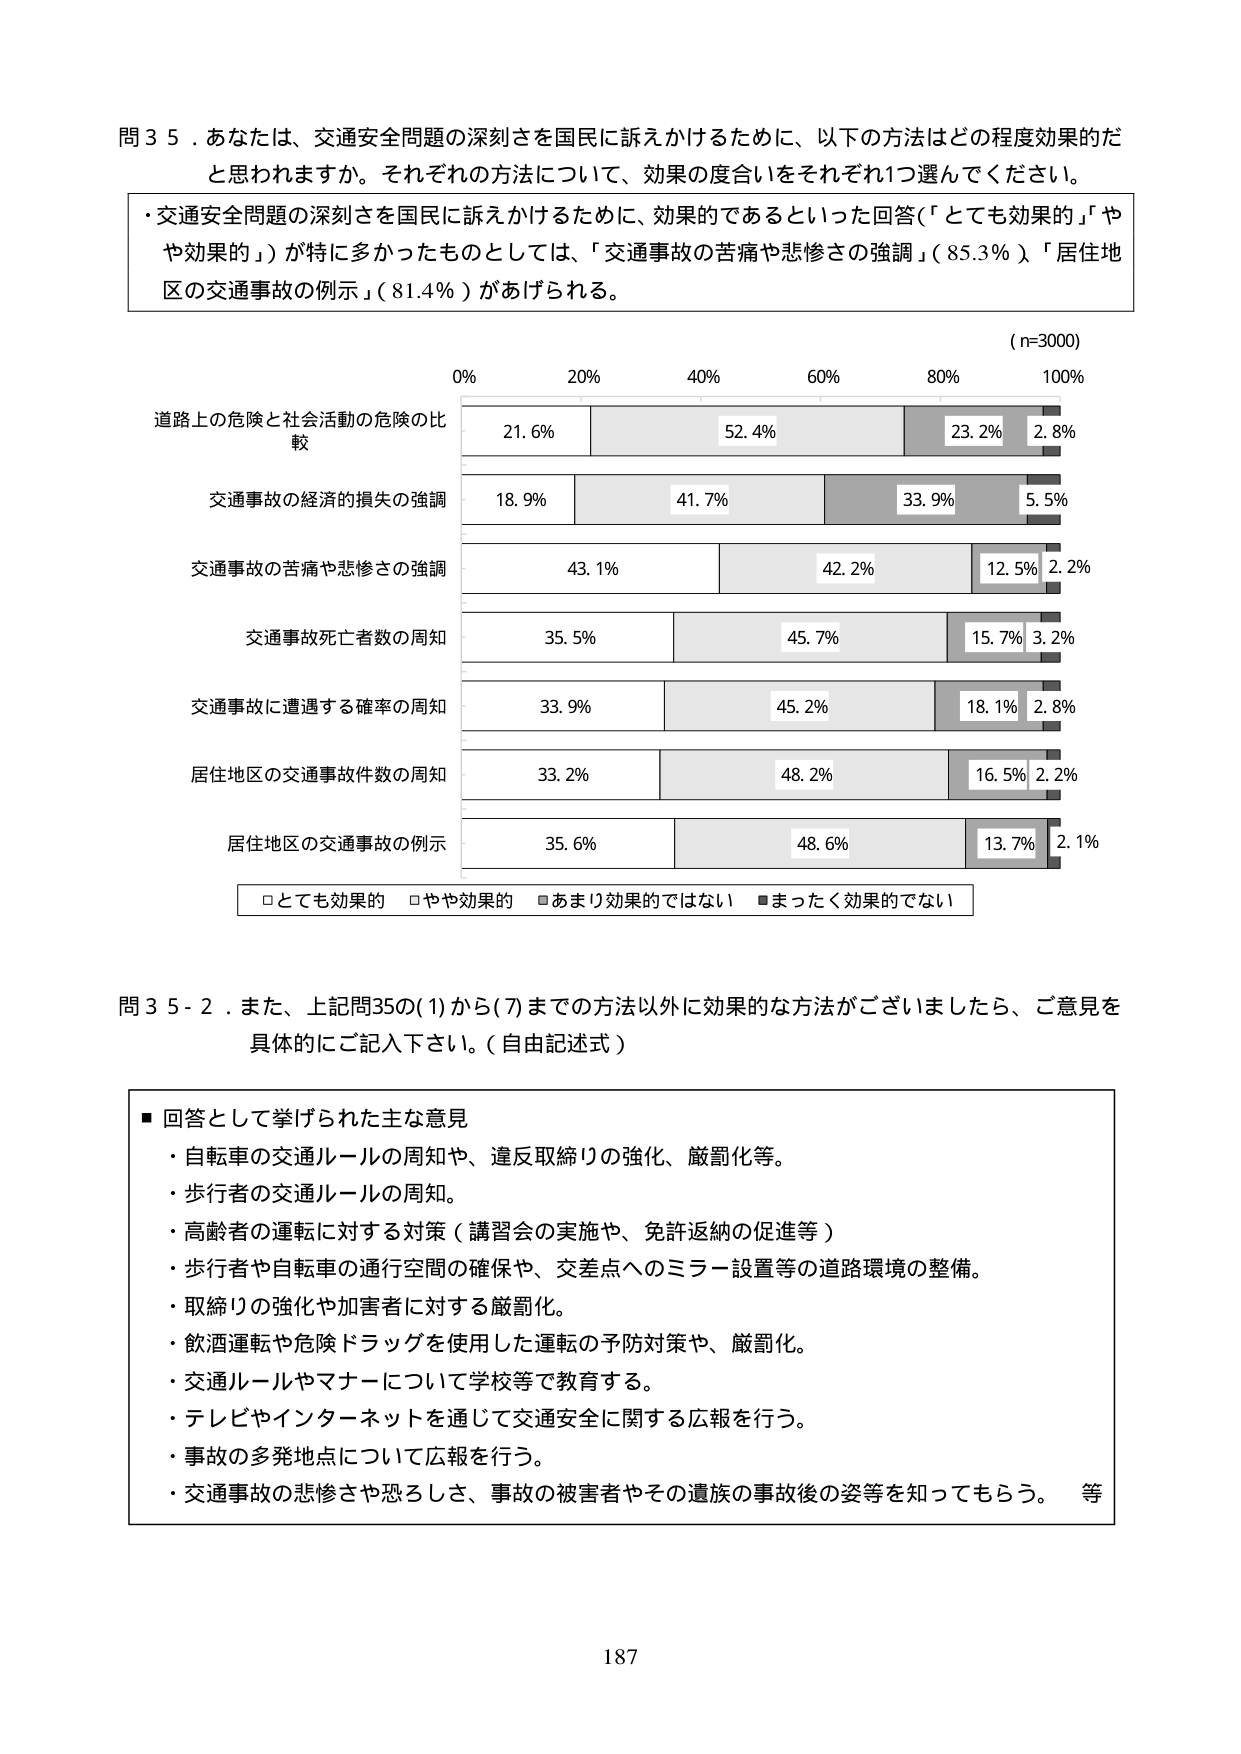
問３５．あなたは、交通安全問題の深刻さを国民に訴えかけるために、以下の方法はどの程度効果的だと思われますか。それぞれの方法について、効果の度合いをそれぞれ1つ選んでください。

・交通安全問題の深刻さを国民に訴えかけるために、効果的であるといった回答（「とても効果的」「やや効果的」）が特に多かったものとしては、「交通事故の苦痛や悲惨さの強調」（85.3％）、「居住地区の交通事故の例示」（81.4％）があげられる。

（n=3000）

0% 20% 40% 60% 80% 100%

道路上の危険と社会活動の危険の比較
21.6% 52.4% 23.2% 2.8%

交通事故の経済的損失の強調
18.9% 41.7% 33.9% 5.5%

交通事故の苦痛や悲惨さの強調
43.1% 42.2% 12.5% 2.2%

交通事故死亡者数の周知
35.5% 45.7% 15.7% 3.2%

交通事故に遭遇する確率の周知
33.9% 45.2% 18.1% 2.8%

居住地区の交通事故件数の周知
33.2% 48.2% 16.5% 2.2%

居住地区の交通事故の例示
35.6% 48.6% 13.7% 2.1%

□とても効果的 □やや効果的 ■あまり効果的ではない ■まったく効果的ではない

問３５-２．また、上記問35の(1)から(7)までの方法以外に効果的な方法がございましたら、ご意見を具体的にご記入下さい。（自由記述式）

■ 回答として挙げられた主な意見
・自転車の交通ルールの周知や、違反取締りの強化、厳罰化等。
・歩行者の交通ルールの周知。
・高齢者の運転に対する対策（講習会の実施や、免許返納の促進等）
・歩行者や自転車の通行空間の確保や、交差点へのミラー設置等の道路環境の整備。
・取締りの強化や加害者に対する厳罰化。
・飲酒運転や危険ドラッグを使用した運転の予防対策や、厳罰化。
・交通ルールやマナーについて学校等で教育する。
・テレビやインターネットを通じて交通安全に関する広報を行う。
・事故の多発地点について広報を行う。
・交通事故の悲惨さや恐ろしさ、事故の被害者やその遺族の事故後の姿等を知ってもらう。 等

187